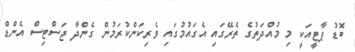
ބޮޑު ޕާޓީއަކީ މި މުއްދަތުގެ ތެރޭގައި އެގައުމުގައި ވެރިކަންކުރަމުން ގެންދާ ޖަސްޓިސް އެންޑް